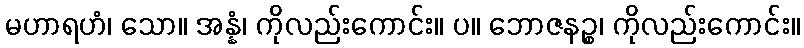
မဟာရဟံ၊ သော။ အန္နံ၊ ကိုလည်းကောင်း။ ပ။ ဘောဇနဉ္စ၊ ကိုလည်းကောင်း။